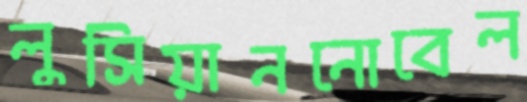
লুসিয়াননোবেল